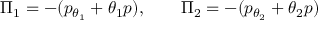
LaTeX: \Pi _ { 1 } = - ( p _ { \theta _ { 1 } } + \theta _ { 1 } p ) , \qquad \Pi _ { 2 } = - ( p _ { \theta _ { 2 } } + \theta _ { 2 } p )